Vaccine operations Central Provinces & Berar 1922-1929 - 1922-1929
Year: 1922
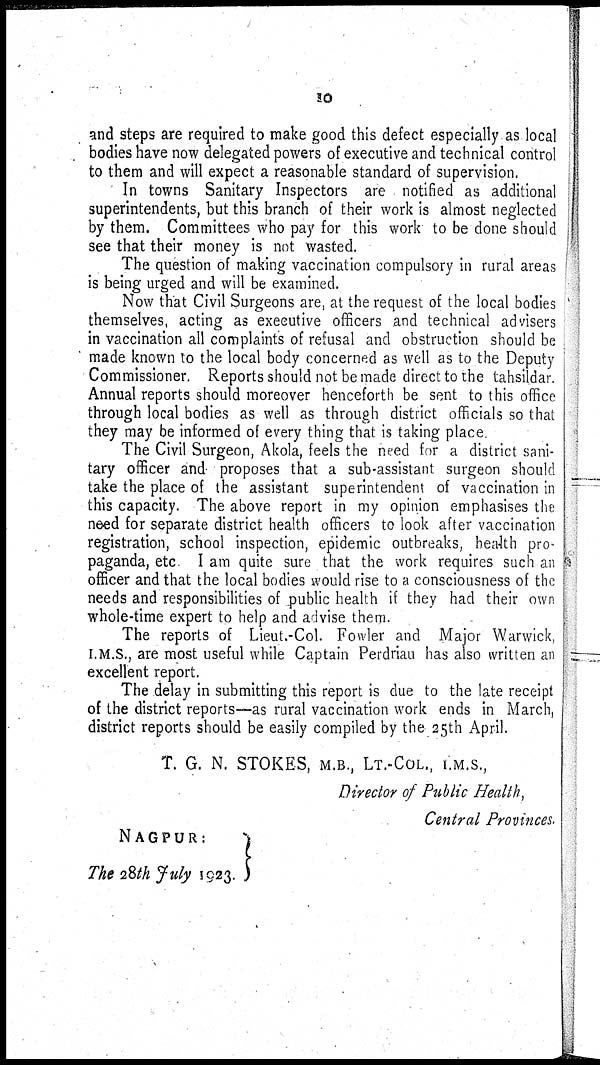
10
and steps are required to make good this defect especially as local
bodies have now delegated powers of executive and technical control
to them and will expect a reasonable standard of supervision.
In towns Sanitary Inspectors are notified as additional
superintendents, but this branch of their work is almost neglected
by them. Committees who pay for this work to be done should
see that their money is not wasted.
The question of making vaccination compulsory in rural areas
is being urged and will be examined.
Now that Civil Surgeons are, at the request of the local bodies
themselves, acting as executive officers and technical advisers
in vaccination all complaints of refusal and obstruction should be
made known to the local body concerned as well as to the Deputy
Commissioner. Reports should not be made direct to the tahsildar.
Annual reports should moreover henceforth be sent to this office
through local bodies as well as through district officials so that
they may be informed of every thing that is taking place
The Civil Surgeon, Akola, feels the need for a district sani-
tary officer and proposes that a sub-assistant surgeon should
take the place of the assistant superintendent of vaccination in
this capacity. The above report in my opinion emphasises the
need for separate district health officers to look after vaccination
registration, school inspection, epidemic outbreaks, health pro-
paganda, etc I am quite sure that the work requires such an
officer and that the local bodies would rise to a consciousness of the
needs and responsibilities of public health if they had their own
whole-time expert to help and advise them.
The reports of Lieut.-Col. Fowler and Major Warwick,
I.M.S., are most useful while Captain Perdriau has also written an
excellent report.
The delay in submitting this report is due to the late receipt
of the district reports—as rural vaccination work ends in March,
district reports should be easily compiled by the 25th April.
T. G. N. STOKES, M.B., LT.-COL., I.M.S.,
Director of Public Health,
Central Provinces.
NAGPUR:
The 28 July 1923.